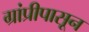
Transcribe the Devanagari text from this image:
ग्रांप्रीपासून